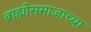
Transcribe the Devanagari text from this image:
ब्राह्मोसमाजाच्या